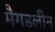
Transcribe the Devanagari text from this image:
मैगडलीन